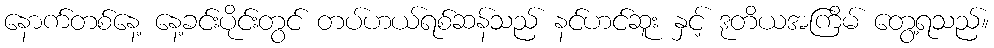
နောက်တစ်နေ့ နေ့ခင်းပိုင်းတွင် တပ်ဟယ်ရစ်ဆန်သည် နင်ဟင်ဆူး နှင့် ဒုတိယအကြိမ် တွေ့ရသည်။